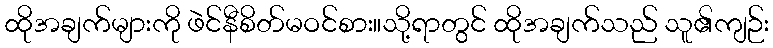
ထိုအချက်များကို ဖဲင်နီစိတ်မဝင်စား။သို့ရာတွင် ထိုအချက်သည် သူ၏ကျဉ်း